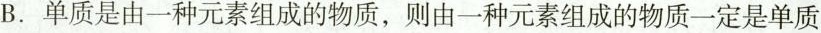
B.单质是由一种元素组成的物质，则由一种元素组成的物质一定是单质